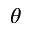
\theta